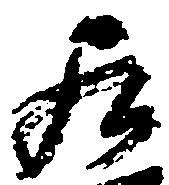
居